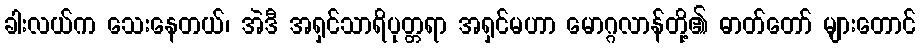
ခါးလယ်က သေးနေတယ်၊ အဲဒီ အရှင်သာရိပုတ္တရာ အရှင်မဟာ မောဂ္ဂလာန်တို့၏ ဓာတ်တော် များတောင်